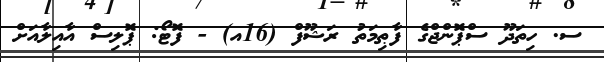
ސ. ހިތަދޫ ސްޕޮންޖްގެ ފާޠިމަތު ރަޝޫފް (16އ) - ފޮޓޯ: ޕޮލިސް އާއިލާއަށް